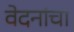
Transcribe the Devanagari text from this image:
वेदनांचा